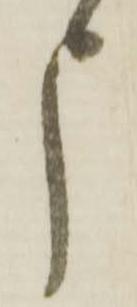
申